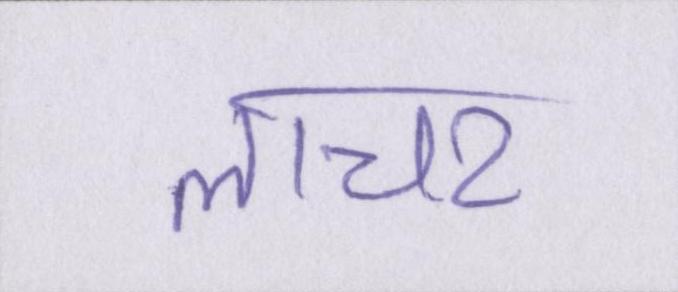
लाचर